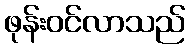
ဖုန်းဝင်လာသည်